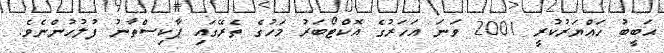
ޙަބީބު ހައްޔަރުކުރީ 2001 ވަނަ އަހަރުގެ އޮކްޓޯބަރު މަހުގެ ތެރޭގައި ޕާކިސްތާނު ފުލުހުންނެވެ.